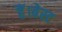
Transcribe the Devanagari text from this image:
हैं।बेस्ट